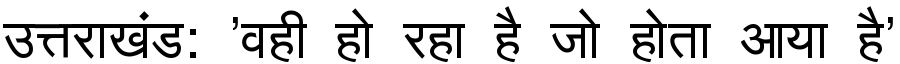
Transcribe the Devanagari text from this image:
उत्तराखंड: 'वही हो रहा है जो होता आया है'